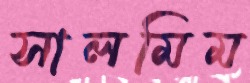
সালমিম